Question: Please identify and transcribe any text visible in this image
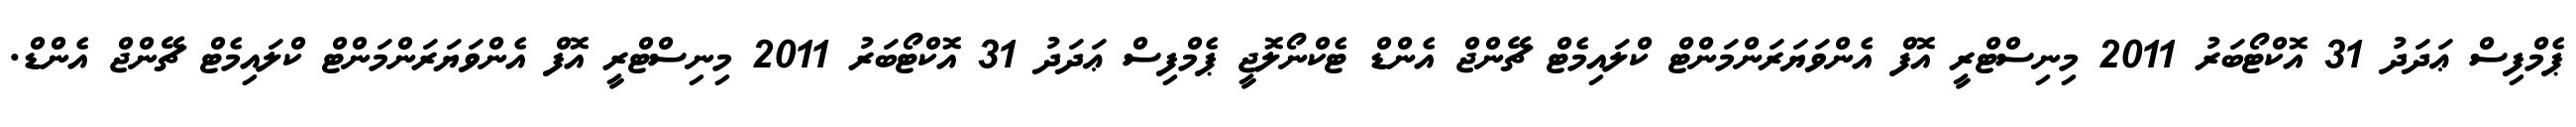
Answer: ޕެމްފިސް ޢަދަދު 31 އޮކްޓޯބަރު 2011 މިނިސްޓްރީ އޮފް އެންވަޔަރަންމަންޓް ކްލައިމެޓް ޗޭންޖް އެންޑް ޓެކްނޯލޮޖީ ޕެމްފިސް ޢަދަދު 31 އޮކްޓޯބަރު 2011 މިނިސްޓްރީ އޮފް އެންވަޔަރަންމަންޓް ކްލައިމެޓް ޗޭންޖް އެންޑް.